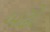
બઢો